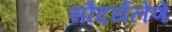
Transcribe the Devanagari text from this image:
सौंदर्यलेणे